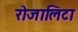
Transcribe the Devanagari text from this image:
रोजालिटा